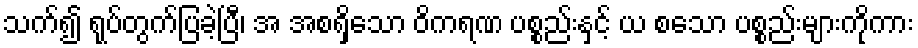
သက်၍ ရုပ်တွက်ပြခဲ့ပြီ၊ အ အစရှိသော ဝိကရဏ ပစ္စည်းနှင့် ယ စသော ပစ္စည်းများကိုကား